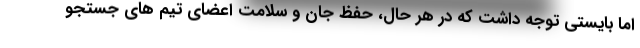
اما بایستی توجه داشت که در هر حال، حفظ جان و سلامت اعضای تیم های جستجو